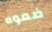
ضعوه